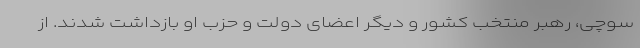
سوچی، رهبر منتخب کشور و دیگر اعضای دولت و حزب او بازداشت شدند. از